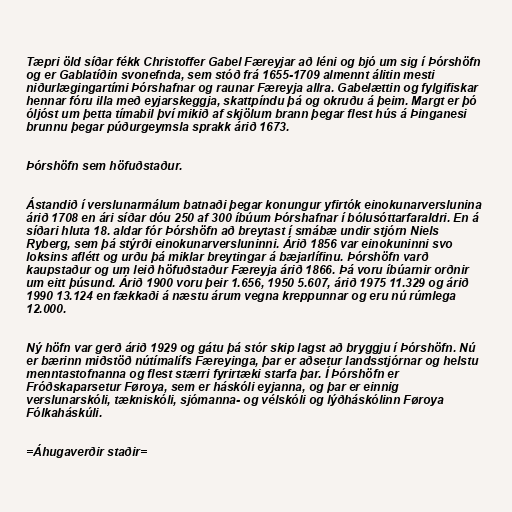
Tæpri öld síðar fékk Christoffer Gabel Færeyjar að léni og bjó um sig í Þórshöfn
og er Gablatíðin svonefnda, sem stóð frá 1655-1709 almennt álitin mesti
niðurlægingartími Þórshafnar og raunar Færeyja allra. Gabelættin og fylgifiskar
hennar fóru illa með eyjarskeggja, skattpíndu þá og okruðu á þeim. Margt er þó
óljóst um þetta tímabil því mikið af skjölum brann þegar flest hús á Þinganesi
brunnu þegar púðurgeymsla sprakk árið 1673.

Þórshöfn sem höfuðstaður.

Ástandið í verslunarmálum batnaði þegar konungur yfirtók einokunarverslunina
árið 1708 en ári síðar dóu 250 af 300 íbúum Þórshafnar í bólusóttarfaraldri. En á
síðari hluta 18. aldar fór Þórshöfn að breytast í smábæ undir stjórn Niels
Ryberg, sem þá stýrði einokunarversluninni. Árið 1856 var einokuninni svo
loksins aflétt og urðu þá miklar breytingar á bæjarlífinu. Þórshöfn varð
kaupstaður og um leið höfuðstaður Færeyja árið 1866. Þá voru íbúarnir orðnir
um eitt þúsund. Árið 1900 voru þeir 1.656, 1950 5.607, árið 1975 11.329 og árið
1990 13.124 en fækkaði á næstu árum vegna kreppunnar og eru nú rúmlega
12.000.

Ný höfn var gerð árið 1929 og gátu þá stór skip lagst að bryggju í Þórshöfn. Nú
er bærinn miðstöð nútímalífs Færeyinga, þar er aðsetur landsstjórnar og helstu
menntastofnanna og flest stærri fyrirtæki starfa þar. Í Þórshöfn er
Fróðskaparsetur Føroya, sem er háskóli eyjanna, og þar er einnig
verslunarskóli, tækniskóli, sjómanna- og vélskóli og lýðháskólinn Føroya
Fólkaháskúli.

=Áhugaverðir staðir=